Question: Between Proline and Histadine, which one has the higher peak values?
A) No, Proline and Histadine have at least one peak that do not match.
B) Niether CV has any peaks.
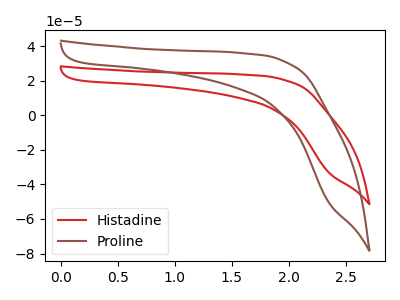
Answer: <think>The red curve "Histadine" has no peaks. The brown curve "Proline" has no peaks.</think>
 <answer>B) Niether CV has any peaks.</answer>
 <eval>B</eval>